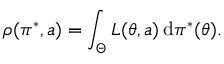
\rho ( \pi ^ { * } , a ) = \int _ { \Theta } L ( \theta , a ) \, \mathrm { d } \pi ^ { * } ( \theta ) .